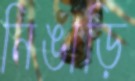
নিঙাড়ি